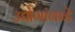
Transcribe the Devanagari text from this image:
उद्योगांकडे